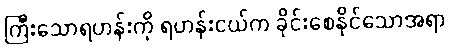
ကြီးသောရဟန်းကို ရဟန်းငယ်က ခိုင်းစေနိုင်သောအရာ